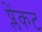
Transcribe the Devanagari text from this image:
प्लेंकट